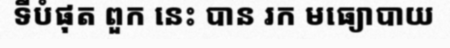
ទីបំផុត ពួក នេះ បាន រក មធ្យោបាយ